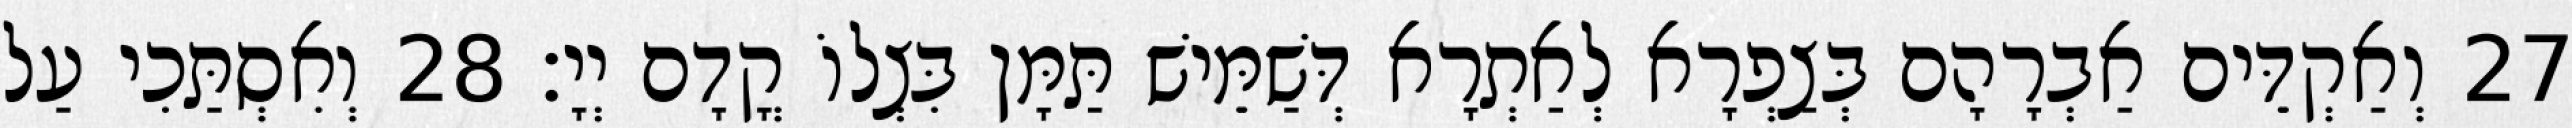
27 וְאַקְדֵּים אַבְרָהָם בְּצַפְרָא לְאַתְרָא דְּשַׁמֵּישׁ תַּמָּן בִּצְלוֹ קֳדָם יְיָ׃ 28 וְאִסְתַּכִי עַל